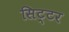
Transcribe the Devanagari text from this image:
सिट्टर